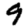
Digit: 9